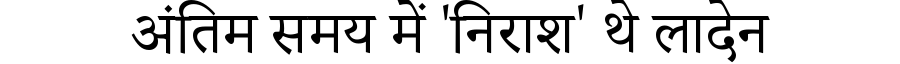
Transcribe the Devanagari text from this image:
अंतिम समय में 'निराश' थे लादेन